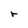
Character: r